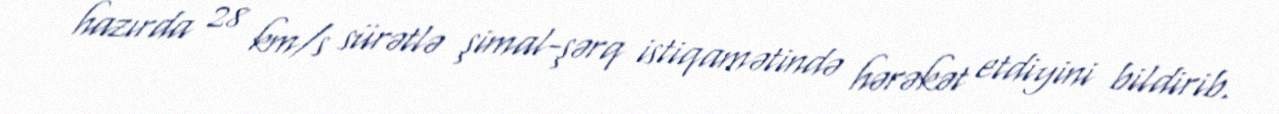
hazırda 28 km/s sürətlə şimal-şərq istiqamətində hərəkət etdiyini bildirib.